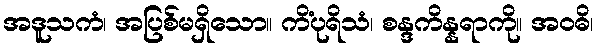
အဒူသကံ၊ အပြစ်မရှိသော။ ကိံပုရိသံ၊ စန္ဒကိန္နရာကို။ အဝဓိ၊